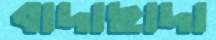
বাদাছাদা